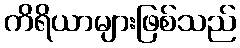
ကိရိယာများဖြစ်သည်